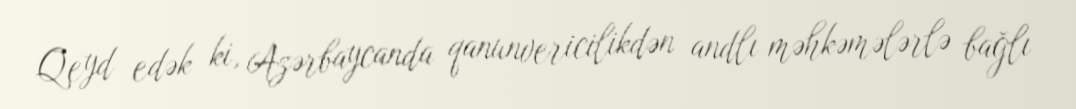
Qeyd edək ki, Azərbaycanda qanunvericilikdən andlı məhkəmələrlə bağlı